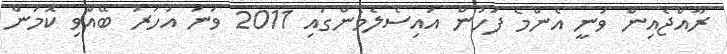
ރާއްޖެއިން ވަނީ އެންމެ ފަހުން އައިސެލެމެންގައި 2011 ވަނަ އަހަރު ބޭއްވި ކޮމަން